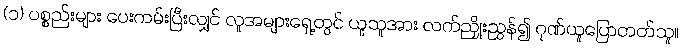
(၁) ပစ္စည်းများ ပေးကမ်းပြီးလျှင် လူအများရှေ့တွင် ယူသူအား လက်ညှိုးညွှန်၍ ဂုဏ်ယူပြောတတ်သူ။